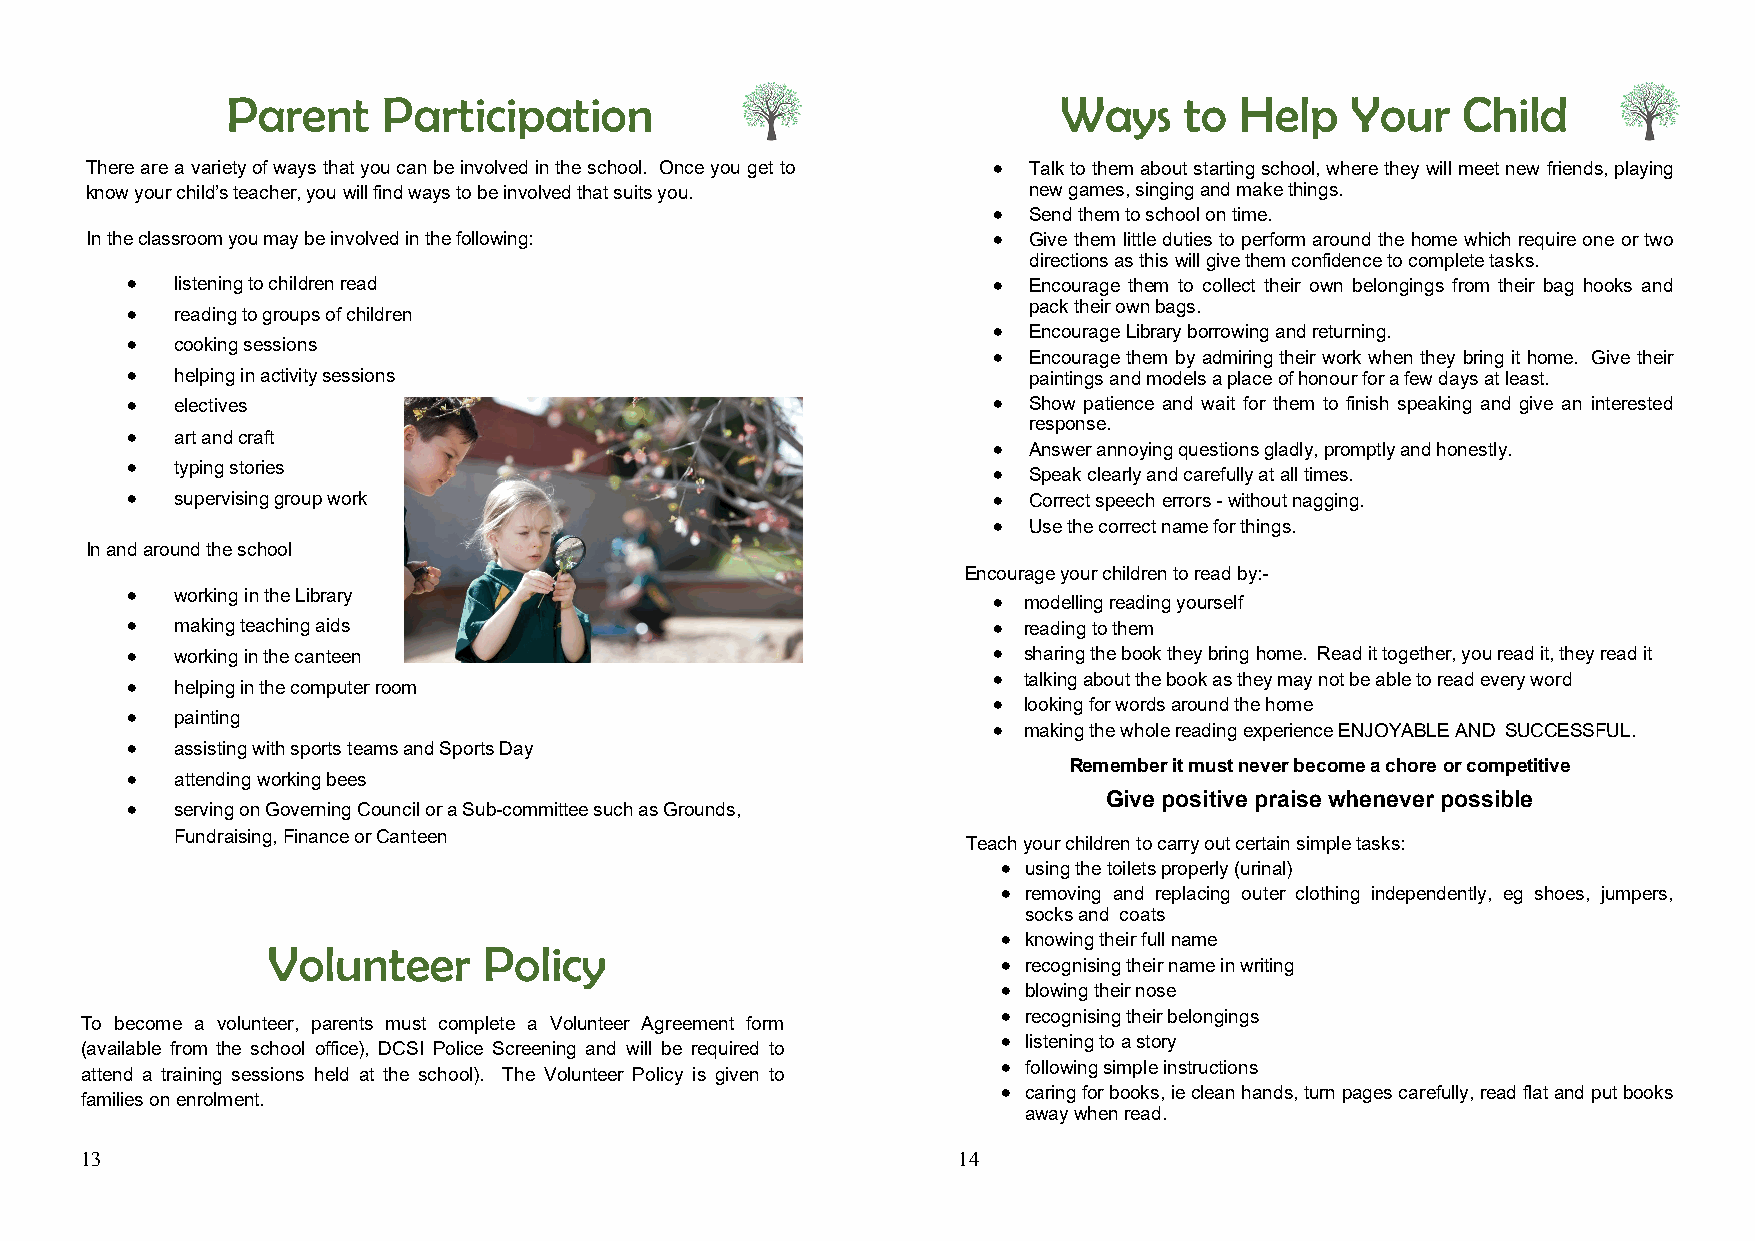
Parent    Participation                                Ways    to  Help   Your    Child
 There are a variety of ways that you can be involved in the school. Once you get to  Talk to them about starting school, where they will meet new friends, playing
 know your child’s teacher, you will find ways to be involved that suits you. new games, singing and make things.
  Send them to school on time.
 In the classroom you may be involved in the following:       Give them little duties to perform around the home which require one or two
 directions as this will give them confidence to complete tasks.
    listening to children read                             Encourage them to collect their own belongings from their bag hooks and
    reading to groups of children                           pack their own bags.
  Encourage Library borrowing and returning.
    cooking sessions
  Encourage them by admiring their work when they bring it home. Give their
    helping in activity sessions                            paintings and models a place of honour for a few days at least.
    electives                                              Show patience and wait for them to finish speaking and give an interested
 response.
    art and craft
  Answer annoying questions gladly, promptly and honestly.
    typing stories                                         Speak clearly and carefully at all times.
    supervising group work                                 Correct speech errors - without nagging.
  Use the correct name for things.
 In and around the school
 Encourage your children to read by:-
    working in the Library                                 modelling reading yourself
    making teaching aids                                   reading to them
    working in the canteen                                 sharing the book they bring home. Read it together, you read it, they read it
  talking about the book as they may not be able to read every word
    helping in the computer room
  looking for words around the home
    painting
  making the whole reading experience ENJOYABLE AND SUCCESSFUL.
    assisting with sports teams and Sports Day
 Remember it must never become a chore or competitive
    attending working bees
 Give positive praise whenever possible
    serving on Governing Council or a Sub-committee such as Grounds,
 Fundraising, Finance or Canteen
 Teach your children to carry out certain simple tasks:
  using the toilets properly (urinal)
  removing and replacing outer clothing independently, eg shoes, jumpers,
 socks and coats
  knowing their full name
 Volunteer     Policy
  recognising their name in writing
  blowing their nose
  recognising their belongings
 To become a volunteer, parents must complete a Volunteer Agreement form
  listening to a story
 (available from the school office), DCSI Police Screening and will be required to
  following simple instructions
 attend a training sessions held at the school). The Volunteer Policy is given to
  caring for books, ie clean hands, turn pages carefully, read flat and put books
 families on enrolment.
 away when read.
 13                                                        14